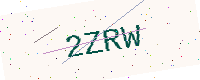
Text: 2ZRW